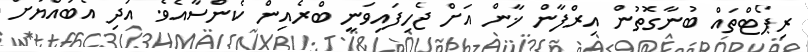
ރިޕޯޓްތައް ބުނާގޮތުން އިރްފާން ޚާން އަށް ޖެހިފައިވަނީ ބްރެއިން ކެންސާއެވެ. އަދި އެބައްޔަށް